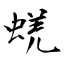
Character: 蜣